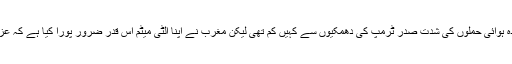
اگرچہ موجودہ ہوائی حملوں کی شدت صدر ٹرمپ کی دھمکیوں سے کہیں کم تھی لیکن مغرب نے اپنا الٹی میٹم اس قدر ضرور پورا کیا ہے کہ عزت بچ جائے۔